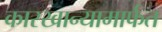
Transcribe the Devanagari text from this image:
कारखान्यामार्फत